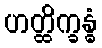
ဟတ္ထိက္ခန္ဓံ